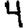
Digit: 4